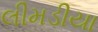
લીમડીયા